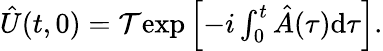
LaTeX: \begin{array}{r}{\hat{U}(t,0)=\mathcal{T}\mathrm{exp}\left[-i\int_{0}^{t}\hat{A}(\tau)\mathrm{d}\tau\right].}\end{array}